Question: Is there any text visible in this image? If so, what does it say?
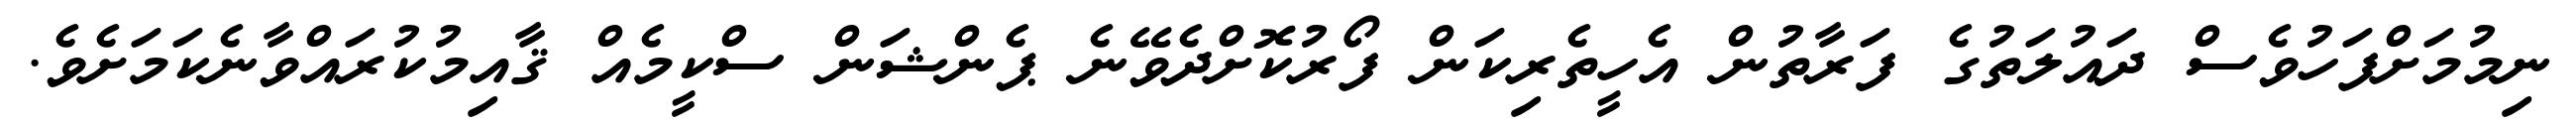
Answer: ނިމުމަށްފަހުވެސް ދައުލަތުގެ ފަރާތުން އެހީތެރިކަން ފޯރުކޮށްދެވޭނެ ޕެންޝަން ސްކީމެއް ޤާއިމުކުރައްވާނެކަމަށެވެ.